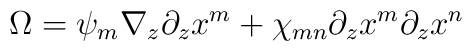
\Omega =\psi _{m}\nabla _{z}\partial _{z}x^{m}+\chi _{mn}\partial_{z}x^{m}\partial _{z}x^{n}